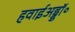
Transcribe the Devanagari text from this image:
हवाईअड्डॉ॰